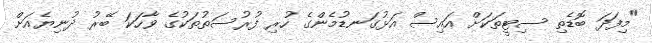
"މިފަދަ ބޮޑެތި ސިޓީތަކަށް އައިސް އަޅުގަނޑުމެންގެ ހުރި ފުރުސަތުތަކުގެ ވާހަކަ ބޭރު ދުނިޔެއަށް